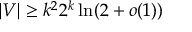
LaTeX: | V | \geq k ^ { 2 } 2 ^ { k } \ln ( 2 + o ( 1 ) )